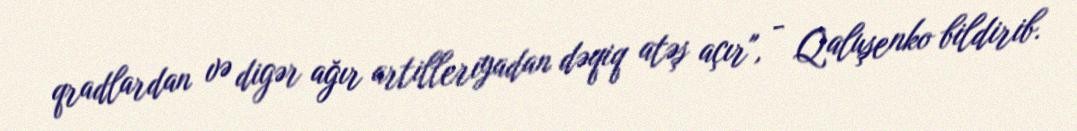
qradlardan və digər ağır artilleriyadan dəqiq atəş açır", - Qaluşenko bildirib.